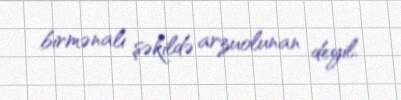
birmənalı şəkildə arzuolunan deyil.